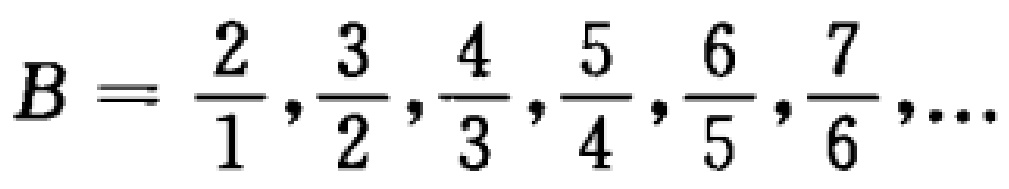
$B = \frac{2}{1},\frac{3}{2},\frac{4}{3},\frac{5}{4},\frac{6}{5},\frac{7}{6},\cdots$